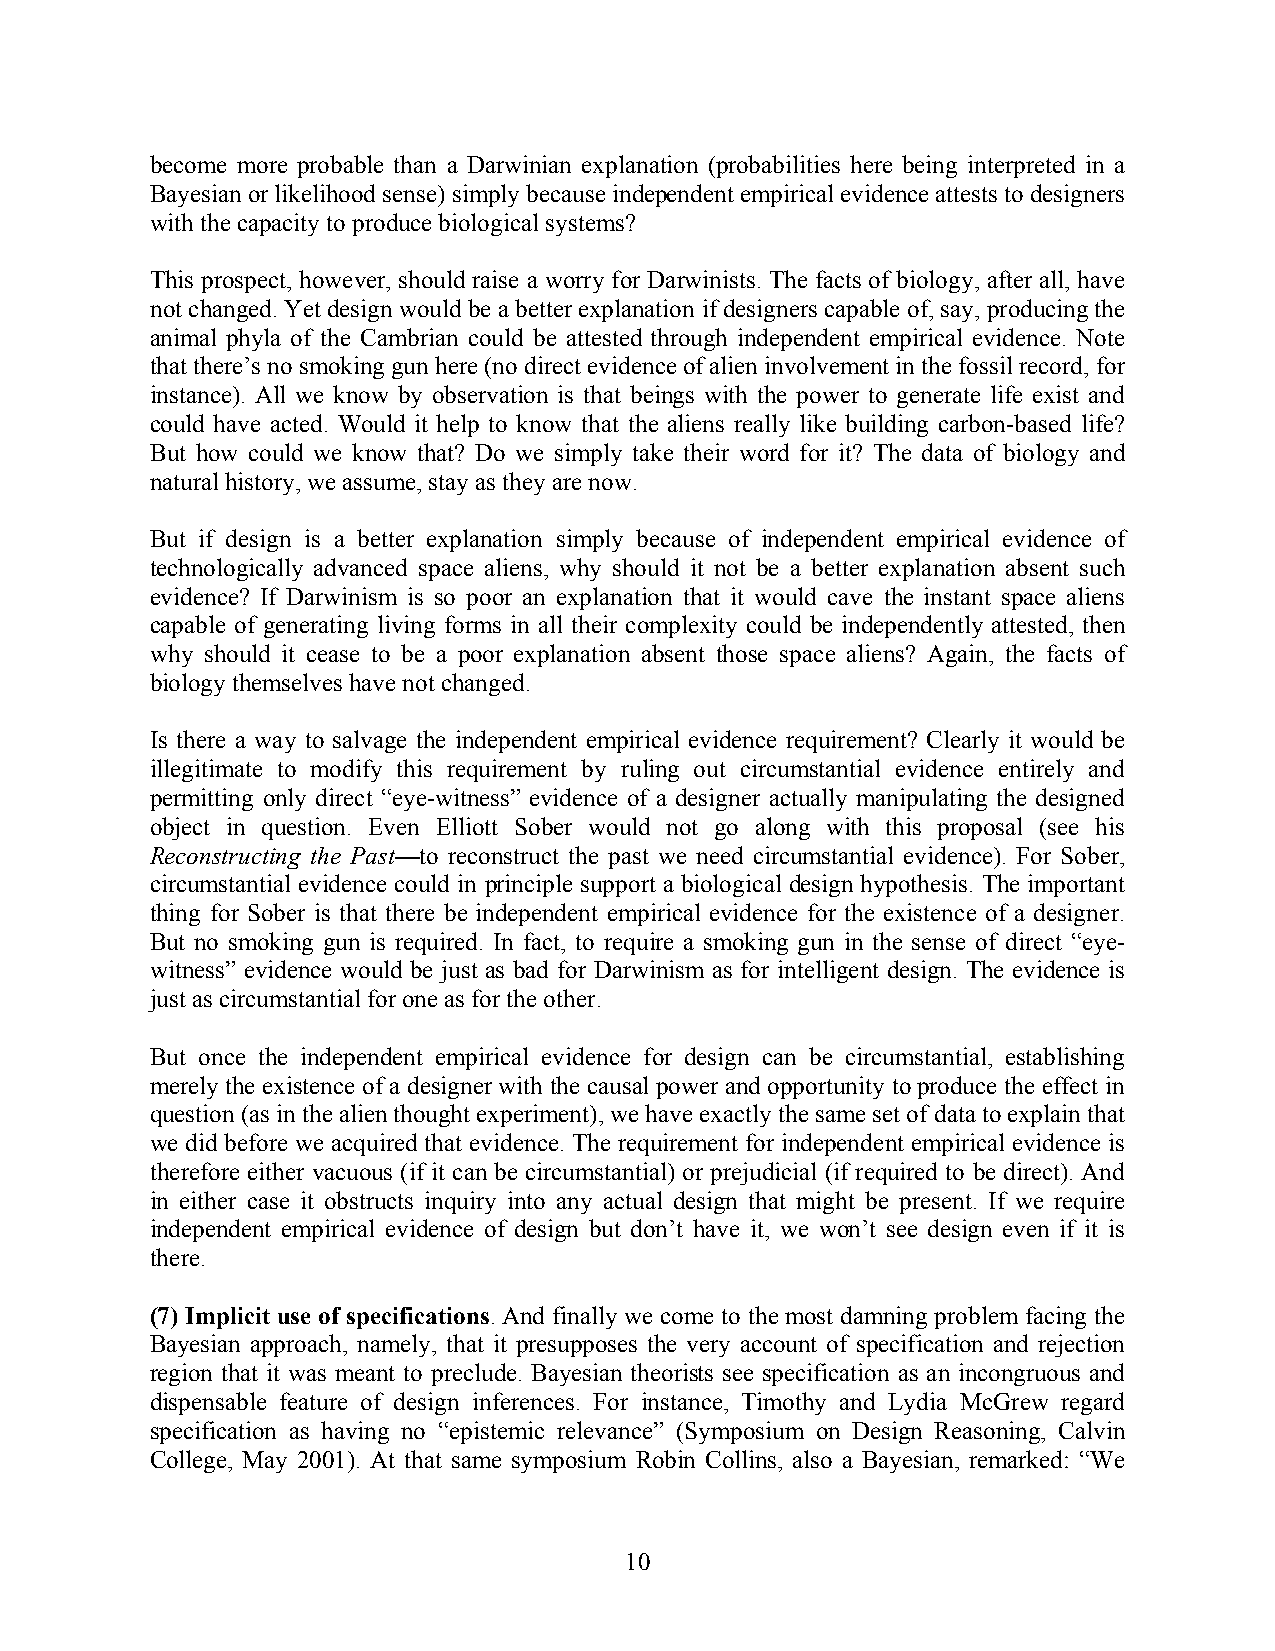
become more probable than a Darwinian explanation (probabilities here being interpreted in a
 Bayesian or likelihood sense) simply because independent empirical evidence attests to designers
 with the capacity to produce biological systems?
 This prospect, however, should raise a worry for Darwinists. The facts of biology, after all, have
 not changed. Yet design would be a better explanation if designers capable of, say, producing the
 animal phyla of the Cambrian could be attested through independent empirical evidence. Note
 that there’s no smoking gun here (no direct evidence of alien involvement in the fossil record, for
 instance). All we know by observation is that beings with the power to generate life exist and
 could have acted. Would it help to know that the aliens really like building carbon-based life?
 But how could we know that? Do we simply take their word for it? The data of biology and
 natural history, we assume, stay as they are now.
 But if design is a better explanation simply because of independent empirical evidence of
 technologically advanced space aliens, why should it not be a better explanation absent such
 evidence? If Darwinism is so poor an explanation that it would cave the instant space aliens
 capable of generating living forms in all their complexity could be independently attested, then
 why should it cease to be a poor explanation absent those space aliens? Again, the facts of
 biology themselves have not changed.
 Is there a way to salvage the independent empirical evidence requirement? Clearly it would be
 illegitimate to modify this requirement by ruling out circumstantial evidence entirely and
 permitting only direct “eye-witness” evidence of a designer actually manipulating the designed
 object in question. Even Elliott Sober would not go along with this proposal (see his
 Reconstructing the Past—to reconstruct the past we need circumstantial evidence). For Sober,
 circumstantial evidence could in principle support a biological design hypothesis. The important
 thing for Sober is that there be independent empirical evidence for the existence of a designer.
 But no smoking gun is required. In fact, to require a smoking gun in the sense of direct “eye-
 witness” evidence would be just as bad for Darwinism as for intelligent design. The evidence is
 just as circumstantial for one as for the other.
 But once the independent empirical evidence for design can be circumstantial, establishing
 merely the existence of a designer with the causal power and opportunity to produce the effect in
 question (as in the alien thought experiment), we have exactly the same set of data to explain that
 we did before we acquired that evidence. The requirement for independent empirical evidence is
 therefore either vacuous (if it can be circumstantial) or prejudicial (if required to be direct). And
 in either case it obstructs inquiry into any actual design that might be present. If we require
 independent empirical evidence of design but don’t have it, we won’t see design even if it is
 there.
 (7) Implicit use of specifications. And finally we come to the most damning problem facing the
 Bayesian approach, namely, that it presupposes the very account of specification and rejection
 region that it was meant to preclude. Bayesian theorists see specification as an incongruous and
 dispensable feature of design inferences. For instance, Timothy and Lydia McGrew regard
 specification as having no “epistemic relevance” (Symposium on Design Reasoning, Calvin
 College, May 2001). At that same symposium Robin Collins, also a Bayesian, remarked: “We
 10